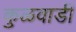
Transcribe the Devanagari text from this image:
कुळवाडी